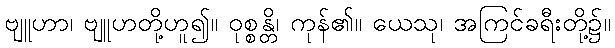
ဗျူဟာ၊ ဗျူဟတို့ဟူ၍။ ဝုစ္စန္တိ၊ ကုန်၏။ ယေသု၊ အကြင်ခရီးတို့၌။